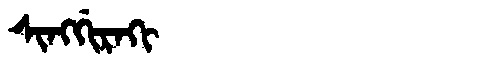
Manchu: ᠰᡳᠩᡤᡳᡵᠠᡴᡳ
Romanization: SINGGIRAKI